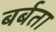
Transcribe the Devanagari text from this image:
बर्बता